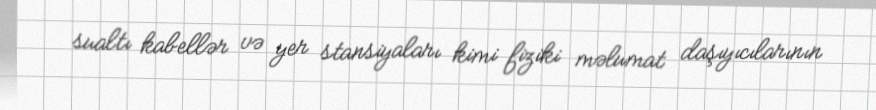
sualtı kabellər və yer stansiyaları kimi fiziki məlumat daşıyıcılarının